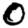
Digit: 0